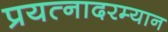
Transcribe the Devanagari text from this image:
प्रयत्नादरम्यान